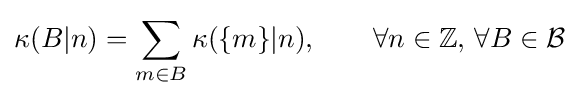
\kappa (B|n)=\sum _{m\in B}\kappa (\{m\}|n),\qquad \forall n\in \mathbb {Z} ,\,\forall B\in {\mathcal {B}}